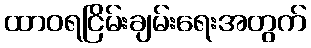
ထာဝရငြိမ်းချမ်းရေးအတွက်